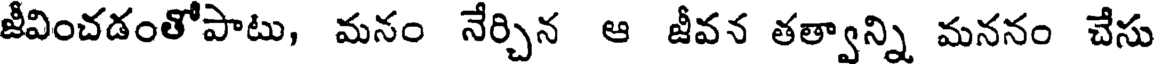
జీవించడంతోపాటు, మనం నేర్చిన ఆ జీవన తత్వాన్ని మననం చేసు